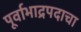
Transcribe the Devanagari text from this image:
पूर्वाभाद्रपदाचा